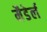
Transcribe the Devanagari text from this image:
मैडेर्ल